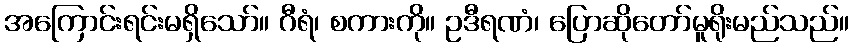
အကြောင်းရင်းမရှိသော်။ ဂီရံ၊ စကားကို။ ဥဒီရဏံ၊ ပြောဆိုတော်မူရိုးမည်သည်။